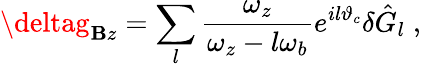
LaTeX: \deltag_{\mathbf{B}z}=\sum_{l}\frac{{\omega_{z}}}{{\omega_{z}-l\omega_{b}}}e^{il\vartheta_{c}}\delta\hat{{G}}_{l}\; ,